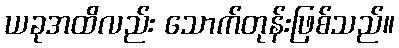
ယခုအထိလည်း သောက်တုန်းဖြစ်သည်။